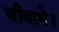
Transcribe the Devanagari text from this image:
जीवाथे।